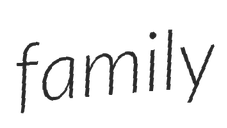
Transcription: family